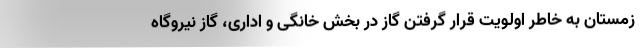
زمستان به خاطر اولویت قرار گرفتن گاز در بخش خانگی و اداری، گاز نیروگاه